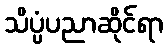
သိပ္ပံပညာဆိုင်ရာ